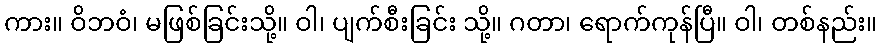
ကား။ ဝိဘဝံ၊ မဖြစ်ခြင်းသို့။ ဝါ၊ ပျက်စီးခြင်း သို့။ ဂတာ၊ ရောက်ကုန်ပြီ။ ဝါ၊ တစ်နည်း။